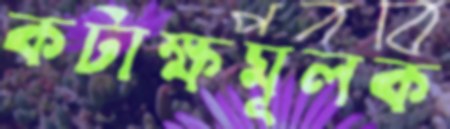
কটাক্ষমূলক